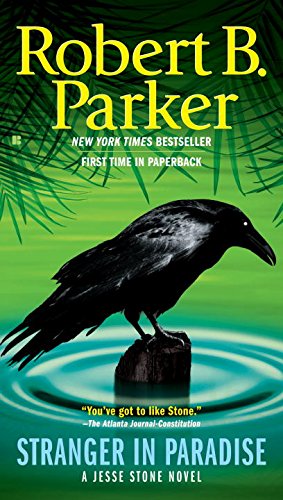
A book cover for Stranger in Paradise (Jesse Stone); Robert B. Parker; Mystery, Thriller & Suspense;